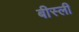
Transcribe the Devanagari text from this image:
बीस्ली